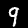
Label: 9